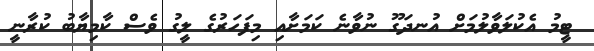
ޓީމު އެކުލަވާލުމަށް އުނދަގޫ ނުވާނެ ކަމަށާއި މިފަހަރުގެ ލީގު ވެސް ކާމިޔާބު ކުރާނީ